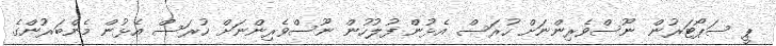
ޕީ ސަޕޯޓަރުން ނޫސްވެރިންނަށް ހުރަސް އެޅުން ފުލުހުން ނޫސްވެރިންނަށް ހުރަސް އެޅުން މެންބަރުންގެ